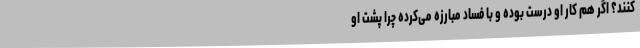
کنند؟ اگر هم کار او درست بوده و با فساد مبارزه می‌کرده چرا پشت او